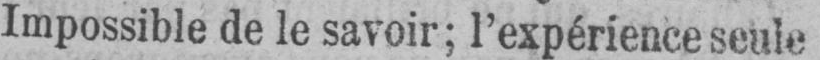
Impossible de le savoir; l’expérience seule